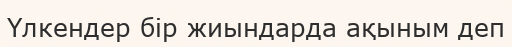
Үлкендер бір жиындарда ақыным деп